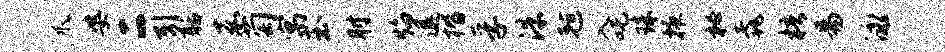
爪婆二引聒嘉萄寓玉肘焰退楷孚洙毡入吒珠掖秘毳梧易泳